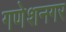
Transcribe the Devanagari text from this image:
गणेशनगर